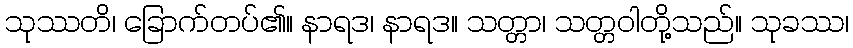
သုဿတိ၊ ခြောက်တပ်၏။ နာရဒ၊ နာရဒ။ သတ္တာ၊ သတ္တဝါတို့သည်။ သုခဿ၊